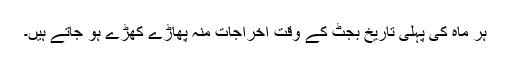
ہر ماہ کی پہلی تاریخ بجٹ کے وقت اخراجات منہ پھاڑے کھڑے ہو جاتے ہیں۔